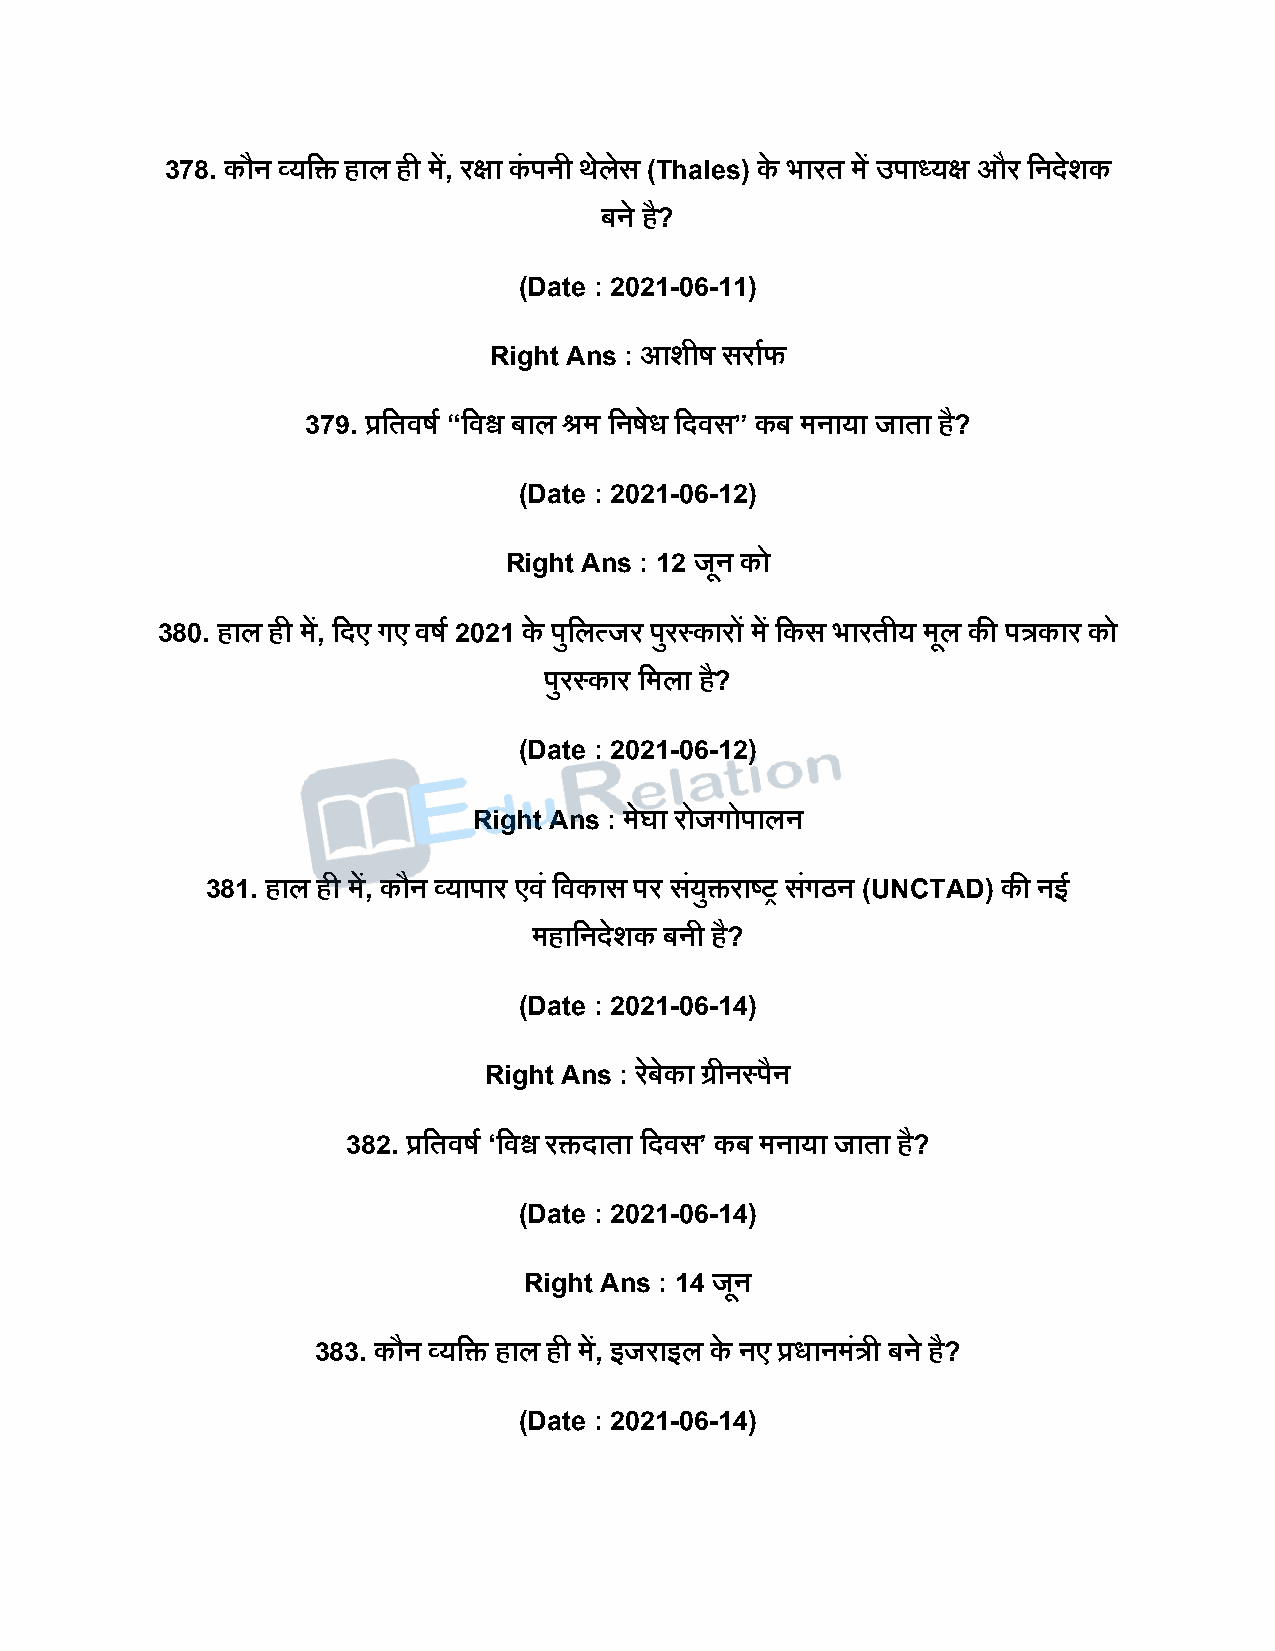
378. कौन व्यदि हाल ही में, रक्षा कं िनी थेलेस (Thales) के भारत में उिाध्यक्ष और दनिेशक
 बने है?
 (Date : 2021-06-11)
 Right Ans : आशीर् सराषफ
 379. प्रदतवर्ष “दवश्व बाल श्रम दनर्ेध दिवस” कब मनाया जाता है?
 (Date : 2021-06-12)
 Right Ans : 12 जून को
 380. हाल ही में, दिए गए वर्ष 2021 के िुदलत्जर िरु स्कारों में दकस भारतीय मूल की ित्रकार को
 िुरस्कार दमला है?
 (Date : 2021-06-12)
 Right Ans : मेघा रोजगोिालन
 381. हाल ही में, कौन व्यािार एवं दवकास िर सयं ुिराष्ट्र सगं ठन (UNCTAD) की नई
 महादनिेशक बनी है?
 (Date : 2021-06-14)
 Right Ans : रबे ेका ग्रीनस्िैन
 382. प्रदतवर्ष ‘दवश्व रििाता दिवस’ कब मनाया जाता है?
 (Date : 2021-06-14)
 Right Ans : 14 जून
 383. कौन व्यदि हाल ही में, इजराइल के नए प्रधानमंत्री बने है?
 (Date : 2021-06-14)